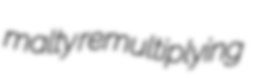
malty remultiplying